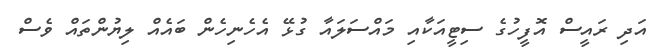
އަދި ރައީސް އޮފީހުގެ ސިޓީއަކާއި މައްސަލައާ ގުޅޭ އެހެނިހެން ބައެއް ލިޔުންތައް ވެސް